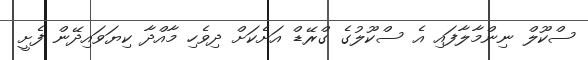
ސްކޫލް ނިންމާލާފައި އެ ސްކޫލުގެ ގްރޭޑް އަށެކަށް ދިވެހި މާއްދާ ކިޔަވައިދޭން ފެށީ